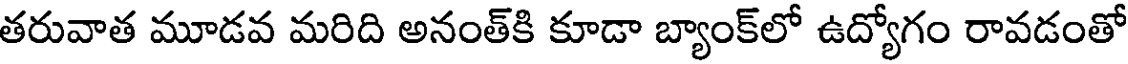
తరువాత మూడవ మరిది అనంత్కి కూడా బ్యాంక్లో ఉద్యోగం రావడంతో